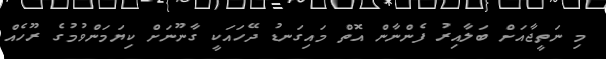
މި ނަތީޖާއަށް ބަލާއިރު ފެންނާން އޮތް މައިގަނޑު ދޭހައަކީ ގާނޫނަށް ކިޔަމަންވުމުގެ ރޫހެއް